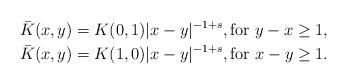
LaTeX: \begin{align*} \bar{K}(x,y) = K(0,1) |x-y|^{-1+s}, \textrm{for } y-x \geq 1, \\ \bar{K}(x,y) = K(1,0) |x-y|^{-1+s}, \textrm{for } x-y \geq 1. \end{align*}